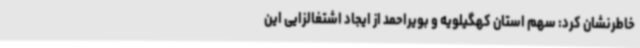
خاطرنشان کرد: سهم استان کهگیلویه و بویراحمد از ایجاد اشتغالزایی این